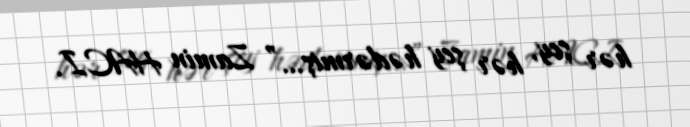
hər şey, hər şey hədərmiş…” Zamin HACI.